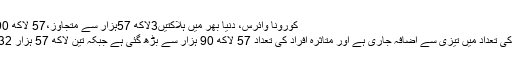
کورونا وائرس، دنیا بھر میں ہلاکتیں3لاکھ 57ہزار سے متجاوز،57 لاکھ 90 ہزار افراد متاثر - Urdu Group
نیویارک :دنیا بھر میں کورونا کیسز کی تعداد میں تیزی سے اضافہ جاری ہے اور متاثرہ افراد کی تعداد 57 لاکھ 90 ہزار سے بڑھ گئی ہے جبکہ تین لاکھ 57 ہزار 432 افراد جان کی بازی ہار چکے ہیں۔